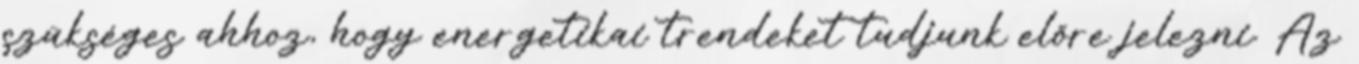
szükséges ahhoz, hogy energetikai trendeket tudjunk előre jelezni. Az